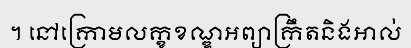
។ នៅក្រោមលក្ខខណ្ឌអព្យាក្រឹតនិងអាល់